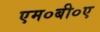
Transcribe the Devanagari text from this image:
एम०बी०ए